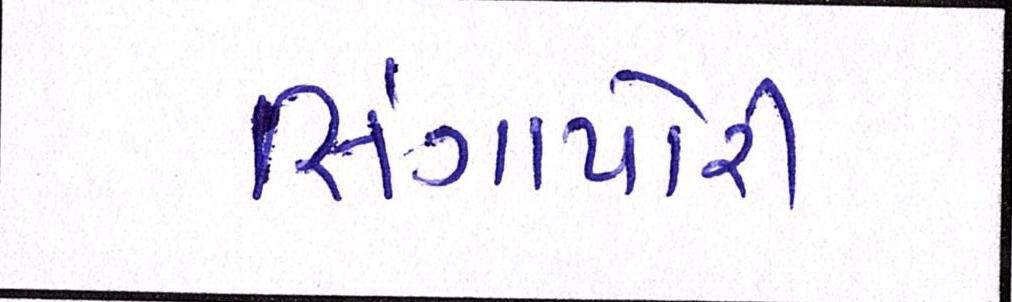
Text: સિંગાપોરી